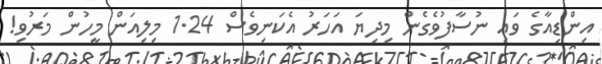
އިންޑިއާގެ ވައި ނުސާފުވެގެން މިދިޔަ އަހަރު އެކަނިވެސް 1.24 މިލިއަން މީހުން މަރުވި!